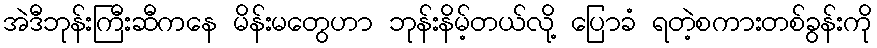
အဲဒီဘုန်းကြီးဆီကနေ မိန်းမတွေဟာ ဘုန်းနိမ့်တယ်လို့ ပြောခံ ရတဲ့စကားတစ်ခွန်းကို